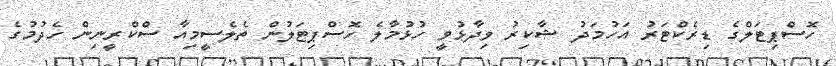
ހޮސްޕިޓަލްގެ ޑިރެކްޓަރު އަހުމަދު ޝާކިރު ވިދާޅުވީ ހުޅުމާލެ ހޮސްޕިޓަލުން ތެލެސީމިއާ ސްކްރީނިން ހެދުމުގެ